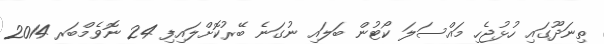
ތިނަދޫގައި ހުޅުޖެހި މައްސަލަ ކޯޓުން ބަލައި ނުގަނެ ބޭރުކޮށްލައިފި 24 ނޮވެމްބަރ 2014